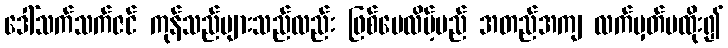
ဒေါ်သက်သက်ဇင် ကုန်သည်များသည်လည်း ဖြစ်ပေလိမ့်မည် အတည်အကျ လက်မှတ်မထိုး၍